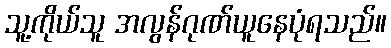
သူ့ကိုယ်သူ အလွန်ဂုဏ်ယူနေပုံရသည်။